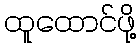
ထူထောင်ဖို့